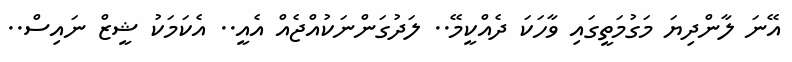
އޭނަ ލާންދިޔަ މަގުމަތީގައި ވާހަކަ ދެއްކީމޭ.. ލަދުގަންނަކުއްޖެއް އެއީ.. އެކަމަކު ޝީޒް ނައިސް..